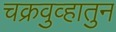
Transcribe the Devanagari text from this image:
चक्रवुव्हातुन